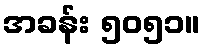
အခန်း ၅၀၅၁။